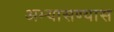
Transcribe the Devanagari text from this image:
अभ्यासण्यास